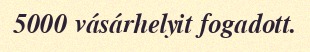
5000 vásárhelyit fogadott.